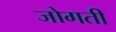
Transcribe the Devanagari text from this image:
जोगती